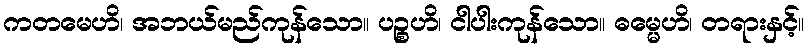
ကတမေဟိ၊ အဘယ်မည်ကုန်သော။ ပဉ္စဟိ၊ ငါပါးကုန်သော။ ဓမ္မေဟိ၊ တရားနှင့်။